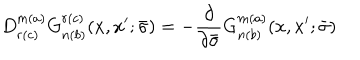
D _ { r ( c ) } ^ { m ( a ) } G _ { n ( b ) } ^ { r ( c ) } ( x , x ^ { \prime } ; \bar { \sigma } ) = - \frac { \partial } { \partial \bar { \sigma } } G _ { n ( b ) } ^ { m ( a ) } ( x , x ^ { \prime } ; \bar { \sigma } )